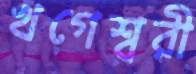
খগেশ্বরী